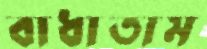
বাধাতাম